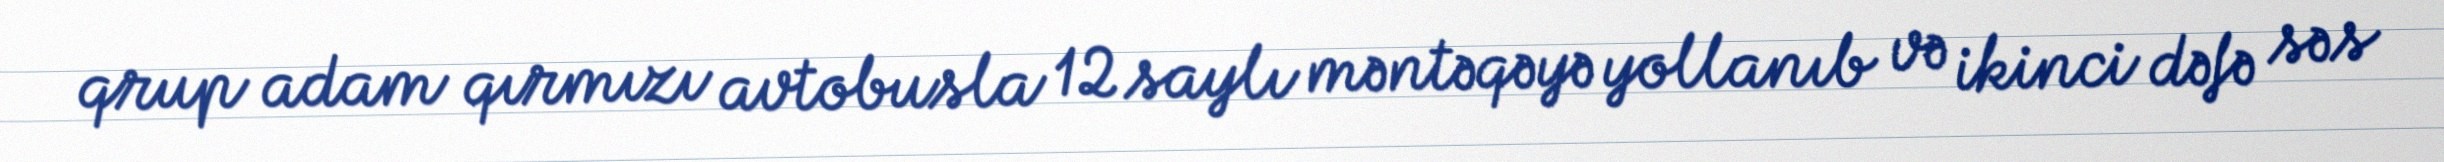
qrup adam qırmızı avtobusla 12 saylı məntəqəyə yollanıb və ikinci dəfə səs